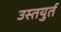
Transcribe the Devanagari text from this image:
उस्तयुर्त